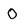
Character: O